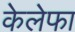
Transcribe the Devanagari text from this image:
केलेफा